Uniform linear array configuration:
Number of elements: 4
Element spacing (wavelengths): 0.5
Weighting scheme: uniform
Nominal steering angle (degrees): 60
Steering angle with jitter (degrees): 58.849
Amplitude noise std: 0.05
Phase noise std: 0.05

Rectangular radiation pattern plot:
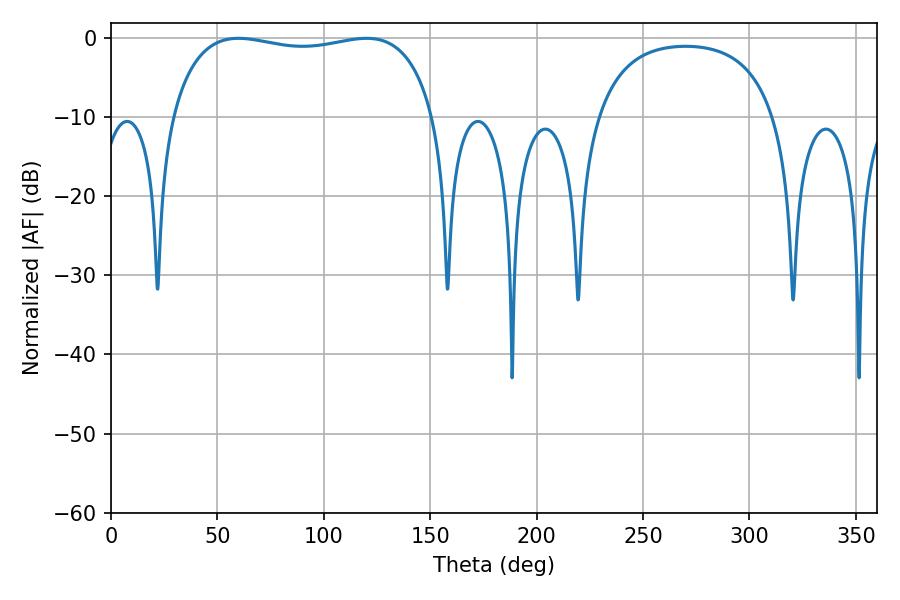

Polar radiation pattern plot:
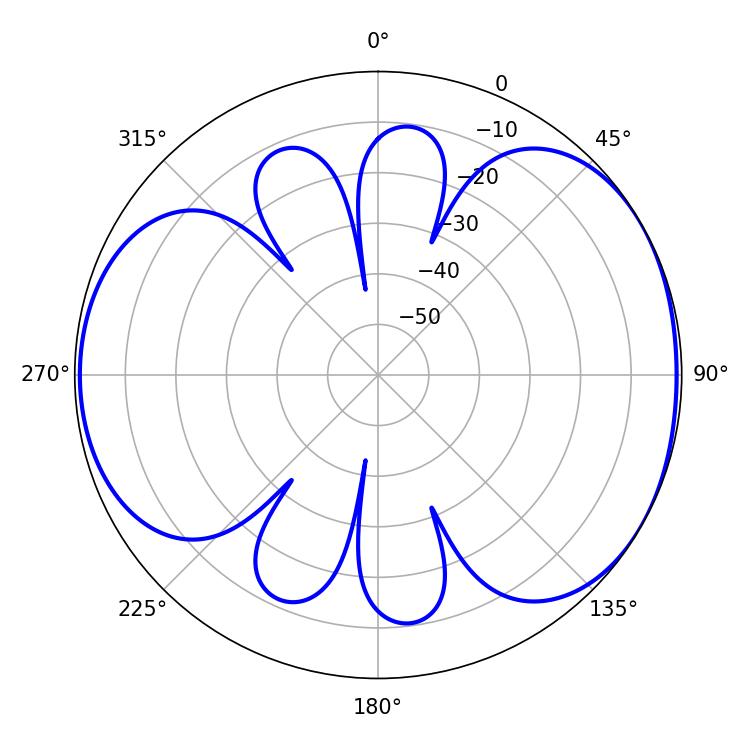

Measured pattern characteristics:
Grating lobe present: FALSE
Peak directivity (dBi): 4.815
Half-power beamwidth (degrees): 100.44
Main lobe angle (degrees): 59.94